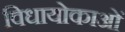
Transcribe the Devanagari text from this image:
विधायोकाओं